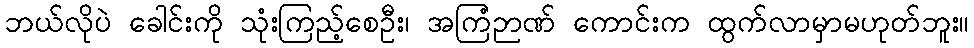
ဘယ်လိုပဲ ခေါင်းကို သုံးကြည့်စေဦး၊ အကြံဉာဏ် ကောင်းက ထွက်လာမှာမဟုတ်ဘူး။